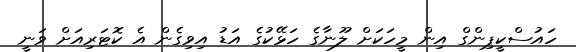
ހައުސްކީޕިންގް އިން މީހަކަށް ލޫނާގެ ހަޅޭކުގެ އަޑު އިވިގެން އެ ކޮޓަރިއަށް ވަނީ